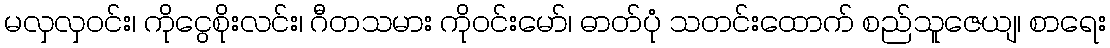
မလှလှဝင်း၊ ကိုငွေစိုးလင်း၊ ဂီတသမား ကိုဝင်းမော်၊ ဓာတ်ပုံ သတင်းထောက် စည်သူဇေယျ၊ စာရေး